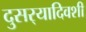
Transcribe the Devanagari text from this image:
दुसर्‍यादिवशी